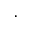
\cdot